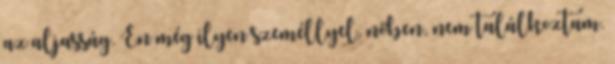
az aljasság. Én még ilyen személlyel, nőben, nem találkoztam.